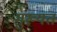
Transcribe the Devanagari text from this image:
मुख्यतं